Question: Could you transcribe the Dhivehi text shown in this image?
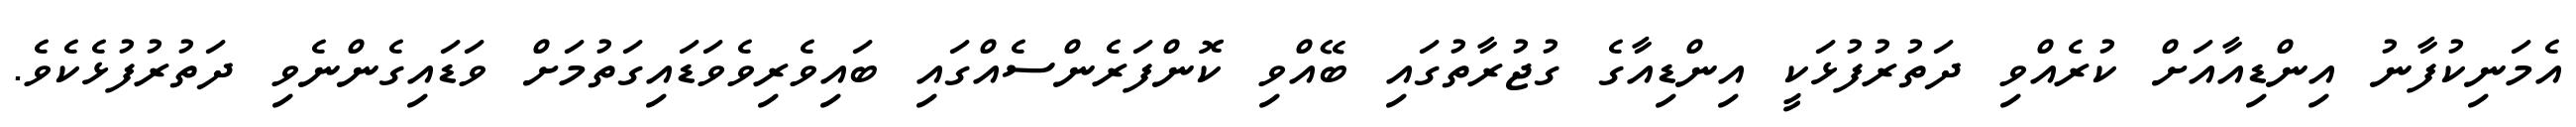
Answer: އެމަނިކުފާނު އިންޑިއާއަށް ކުރެއްވި ދަތުރުފުޅަކީ އިންޑިއާގެ ގުޖުރާތުގައި ބޭއްވި ކޮންފަރެންސެއްގައި ބައިވެރިވެވަޑައިގަތުމަށް ވަޑައިގެންނެވި ދަތުރުފުޅެކެވެ.